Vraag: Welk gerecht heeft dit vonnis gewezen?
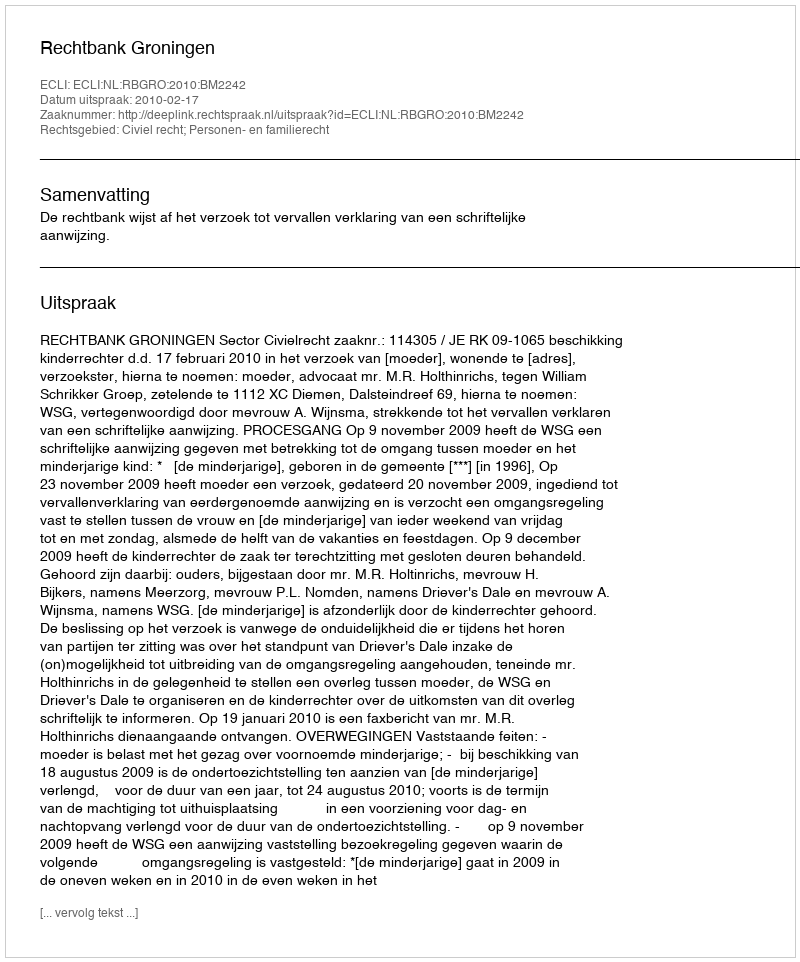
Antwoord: Rechtbank Groningen